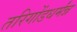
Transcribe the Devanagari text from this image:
तरिगोंडधर्मंन्न